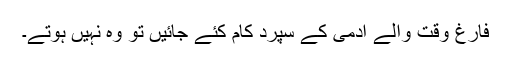
فارغ وقت والے آدمی کے سپرد کام کئے جائیں تو وہ نہیں ہوتے۔